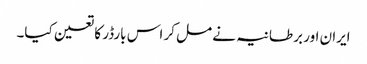
ایران اور برطانیہ نے مل کر اس بارڈر کا تعین کیا۔